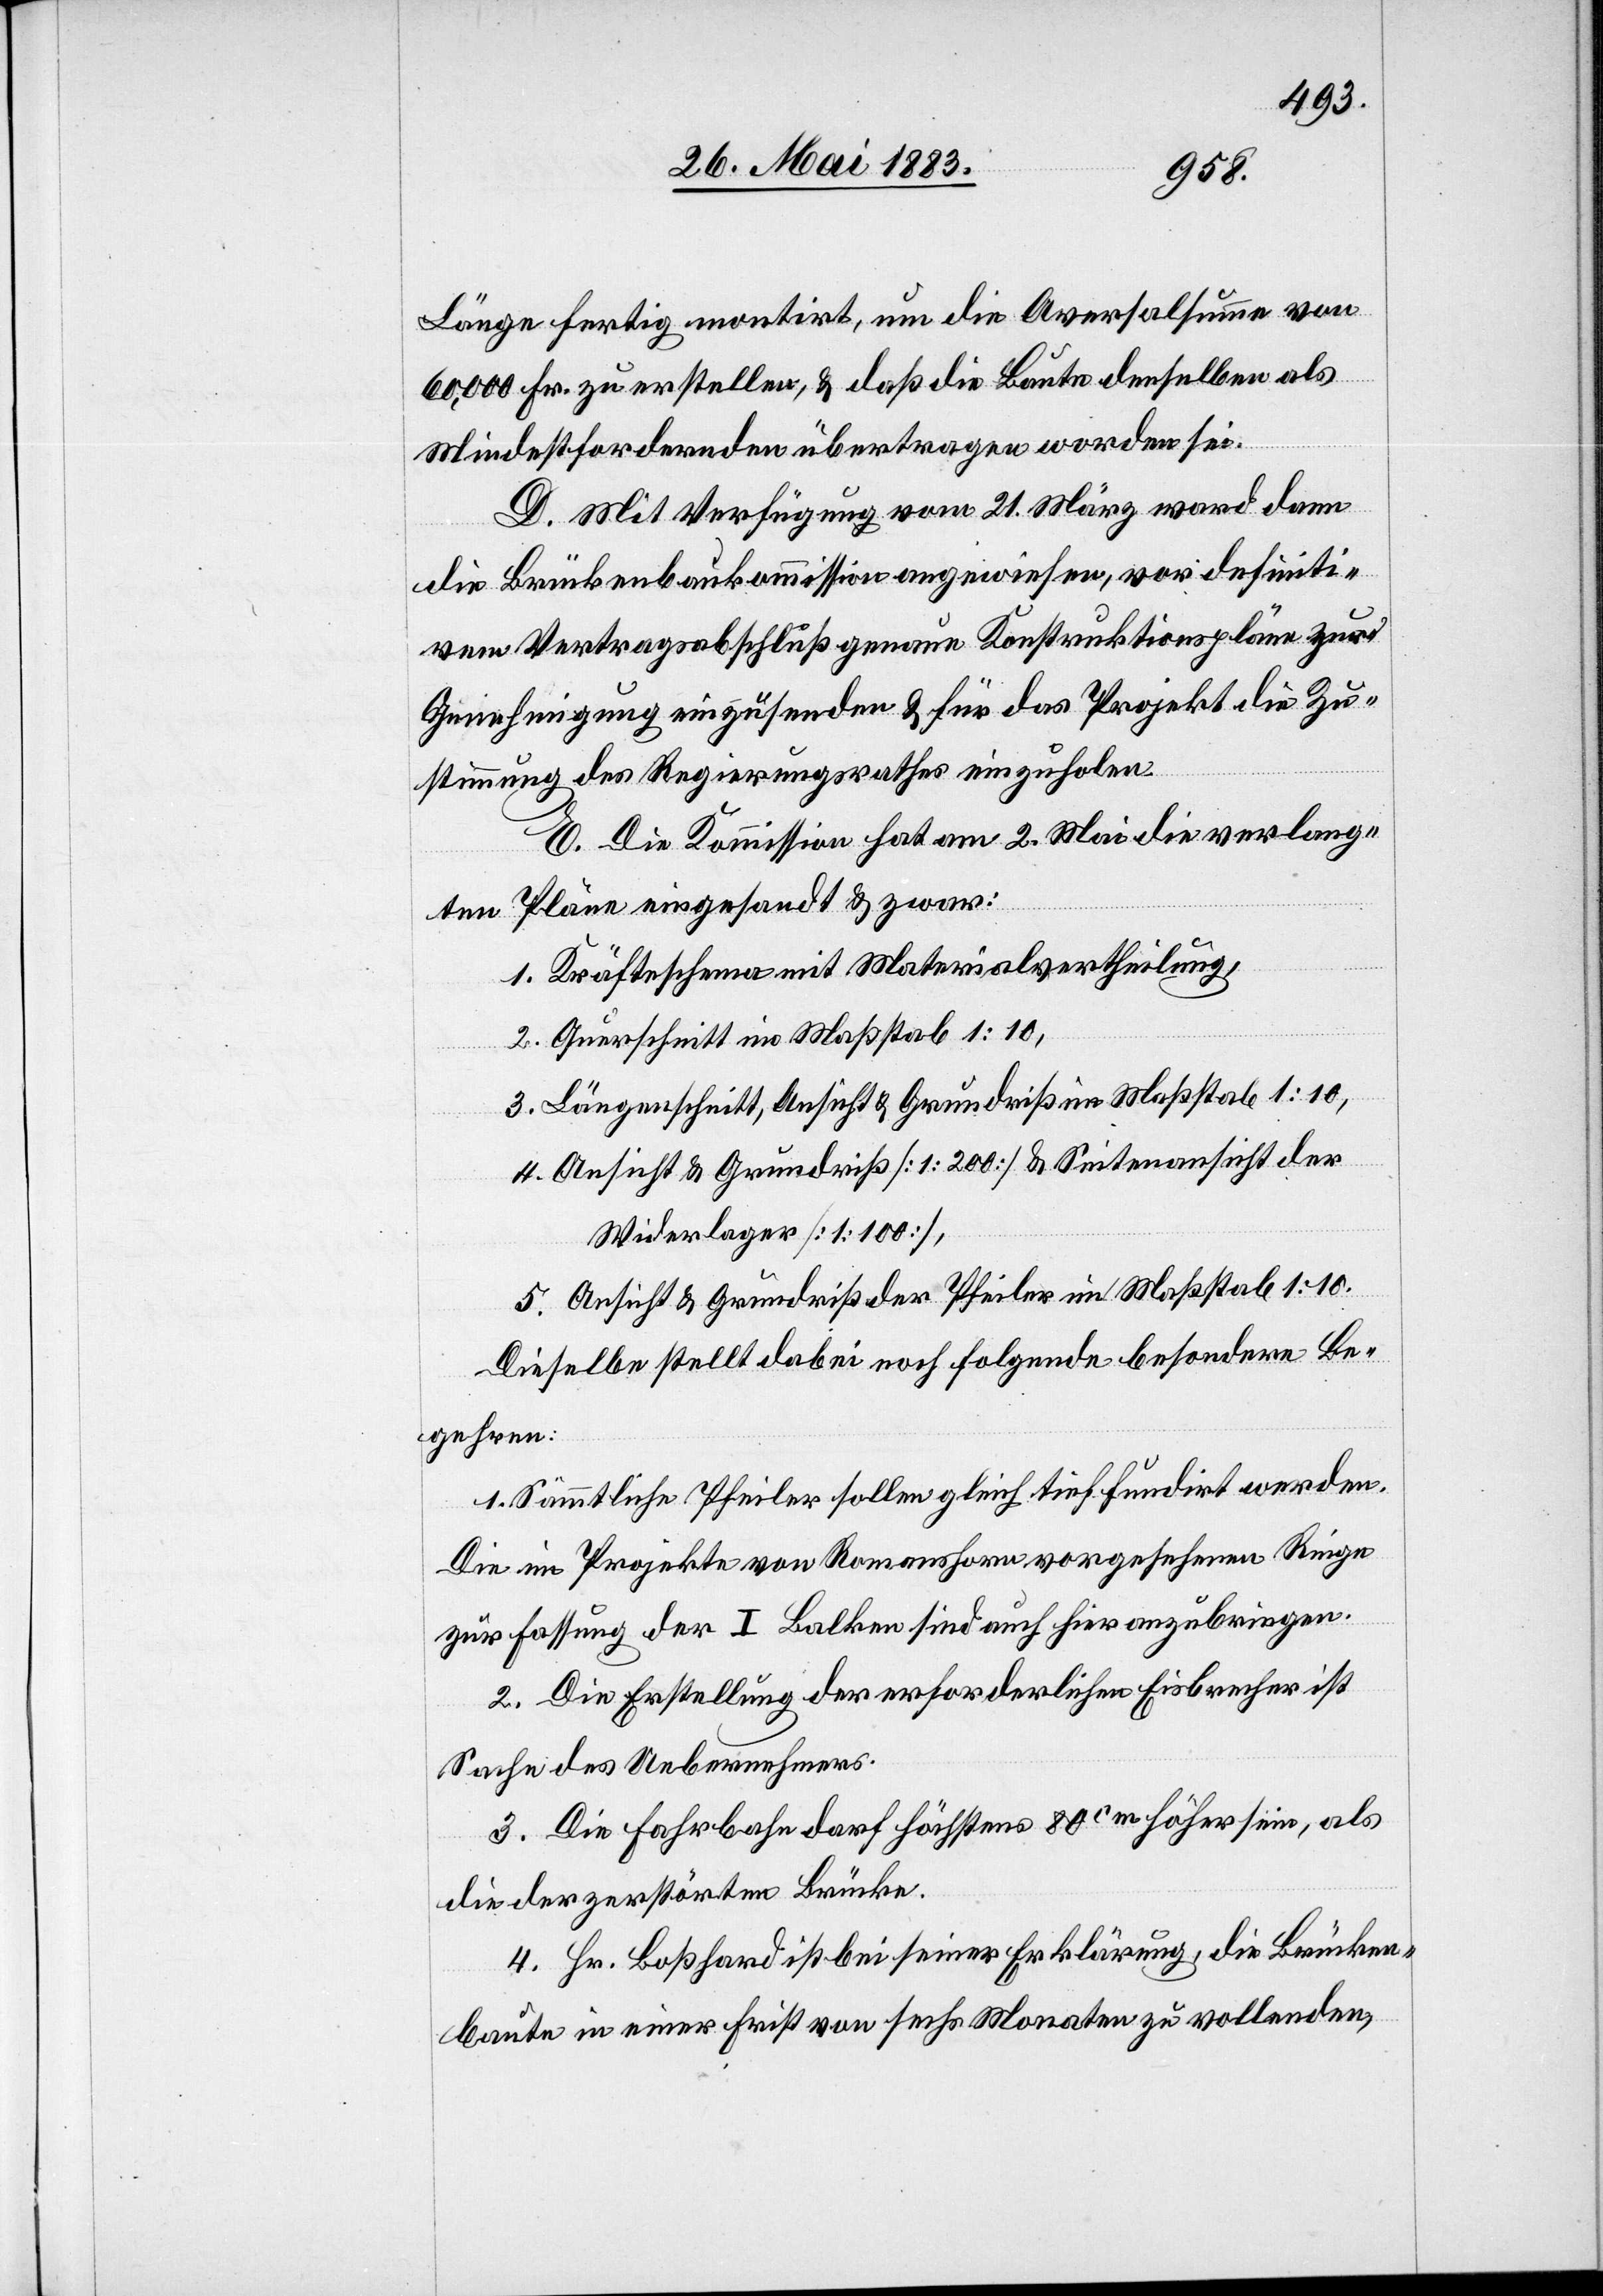
Länge fertig montirt, um die Aversalsumme von
60,000 Fr. zu erstellen, & daß die Baute denselben als
Mindestfordernden übertragen worden sei.
D. Mit Verfügung vom 21. März ward dann
die Brückenbaukommission angewiesen, vor definiti¬
vem Vertragsabschluß genaue Konstruktionspläne zur
Genehmigung einzusenden & für das Projekt die Zu¬
stimmung des Regierungsrathes einzuholen.
E. Die Kommission hat am 2. Mai die verlang¬
ten Pläne eingesandt & zwar:
1. Kräfteschema mit Materialvertheilung,
2. Querschnitt im Maßstab 1:10,
3. Längenschnitt, Ansicht & Grundriß im Maßstab 1:10,
4. Ansicht & Grundriß [1:200] & Seitenansicht der
Widerlager [1:1000],
5. Ansicht & Grundriß der Pfeiler im Maßstab 1:10.
Dieselbe stellt dabei noch folgende besondere Be¬
gehren:
1. Sämmtliche Pfeiler sollen gleich tief fundirt werden.
Die im Projekte von Romanshorn vorgesehenen Ringe
zur Fassung der I Balken sind auch hier anzubringen.
2. Die Erstellung der erforderlichen Eisenbrecher ist
Sache des Unternehmens.
3. Die Fahrbahn darf höchstens 80cm höher sein, als
die der zerstörten Brücke.
4. Hr. Boßhard ist bei seiner Erklärung, die Brücken¬
baute in einer Frist von sechs Monaten zu vollenden,